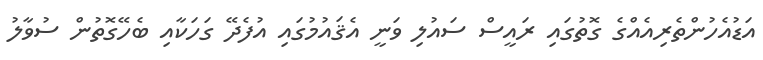
އަޑުއެހުންތެރިއެއްގެ ގޮތުގައި ރައީސް ސައުލި ވަނީ އެޤައުމުގައި އުފެދޭ ގަހަކާއި ބެހޭގޮތުން ސުވާލު